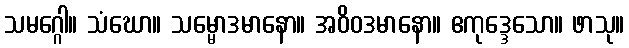
သမဂ္ဂေါ။ သံဃော။ သမ္မောဒမာနော။ အဝိဝဒမာနော။ ဧကုဒ္ဒေသော။ ဖာသု။